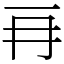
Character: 𠕅